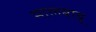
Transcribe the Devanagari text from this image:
मालबाबू